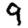
Digit: 9